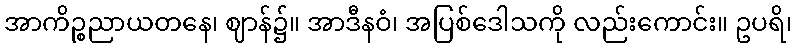
အာကိဉ္စညာယတနေ၊ ဈာန်၌။ အာဒီနဝံ၊ အပြစ်ဒေါသကို လည်းကောင်း။ ဥပရိ၊